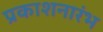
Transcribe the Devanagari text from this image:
प्रकाशनारंभ